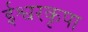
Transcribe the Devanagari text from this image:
ईश्वरकृपा